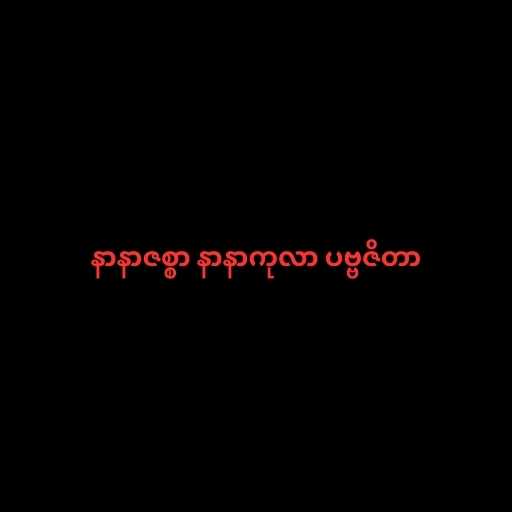
နာနာဇစ္စာ နာနာကုလာ ပဗ္ဗဇိတာ